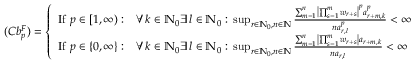
( C b _ { p } ^ { F } ) = \left\{ \begin{array} { l l } { \mathrm { I f ~ } p \in [ 1 , \infty ) : } & { \forall \, k \in \mathbb { N } _ { 0 } \exists \, l \in \mathbb { N } _ { 0 } : \, \operatorname* { s u p } _ { r \in \mathbb { N } _ { 0 } , n \in \mathbb { N } } \frac { \sum _ { m = 1 } ^ { n } \left| \prod _ { s = 1 } ^ { m } w _ { r + s } \right| ^ { p } a _ { r + m , k } ^ { p } } { n a _ { r , l } ^ { p } } < \infty } \\ { \mathrm { I f ~ } p \in \{ 0 , \infty \} : } & { \forall \, k \in \mathbb { N } _ { 0 } \exists \, l \in \mathbb { N } _ { 0 } : \, \operatorname* { s u p } _ { r \in \mathbb { N } _ { 0 } , n \in \mathbb { N } } \frac { \sum _ { m = 1 } ^ { n } \left| \prod _ { s = 1 } ^ { m } w _ { r + s } \right| a _ { r + m , k } } { n a _ { r , l } } < \infty } \end{array} \right.